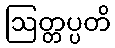
ဩတ္တပ္ပတိ